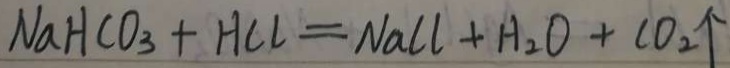
N a H C O _ { 3 } + H C l = N a C l + H _ { 2 } O + C O _ { 2 } \uparrow